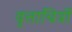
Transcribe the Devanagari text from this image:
वृत्ताचित्रों